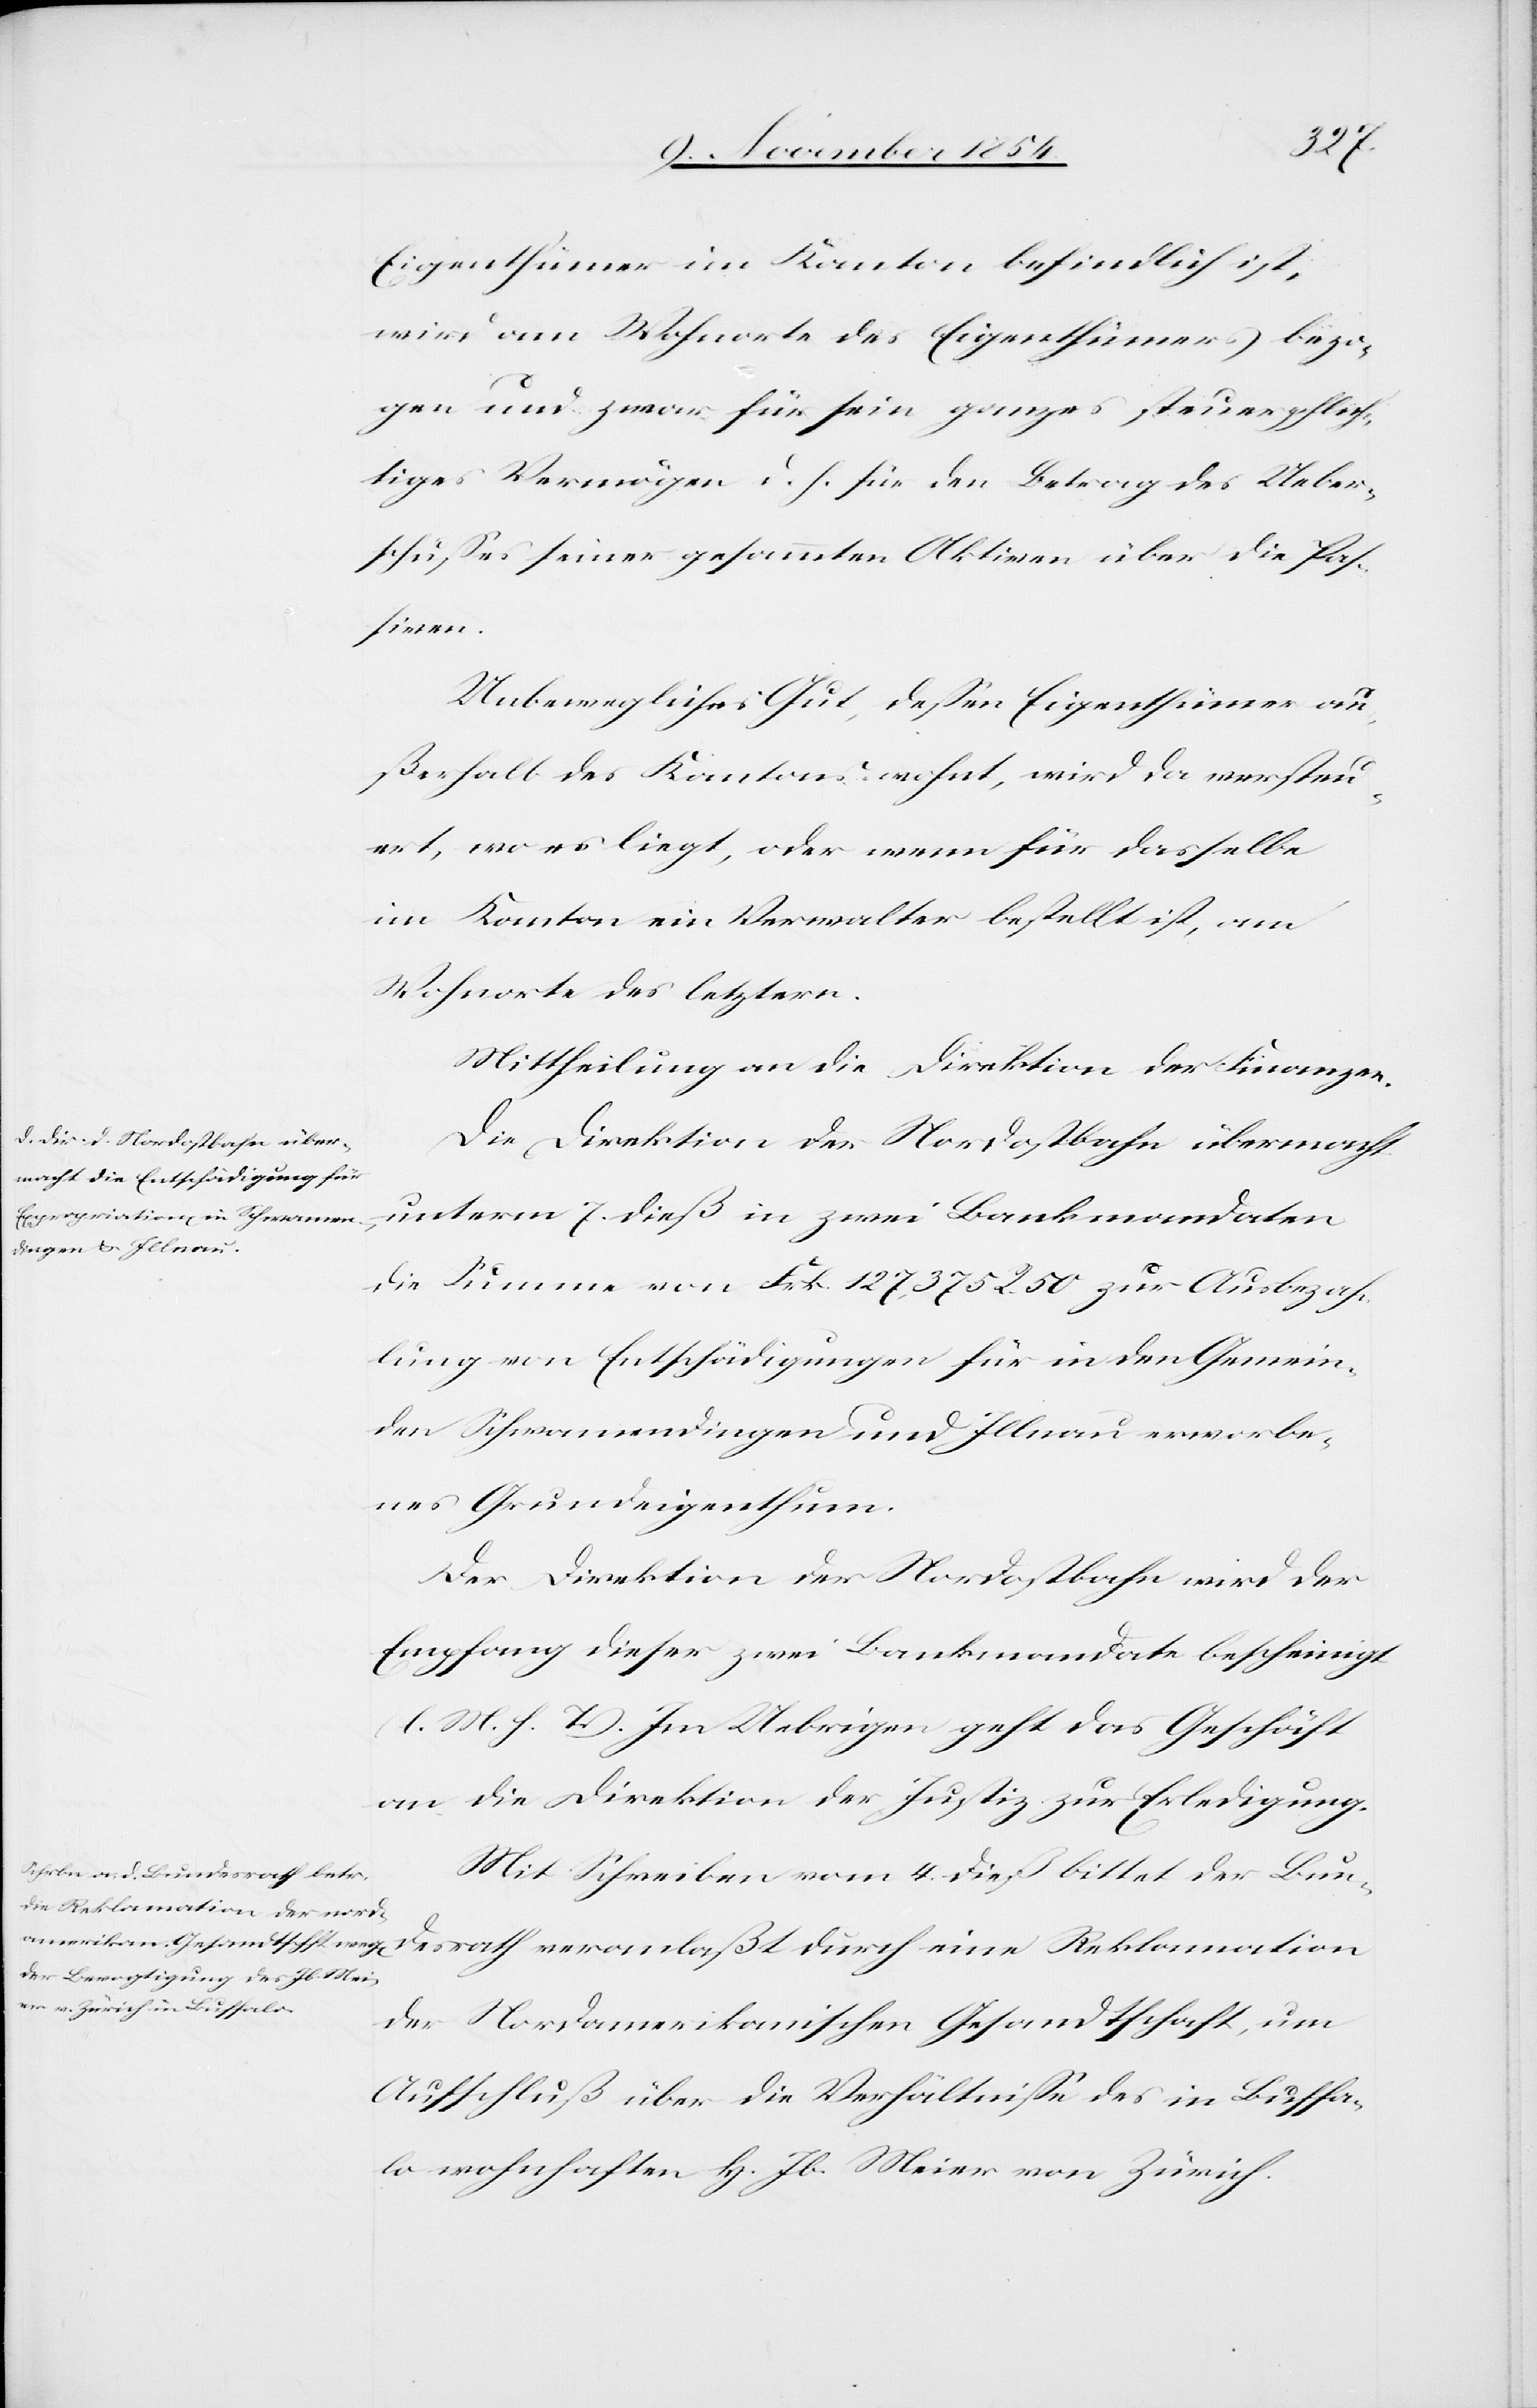
Eigenthümer im Kanton befindlich ist,
wird am Wohnorte des Eigenthümers bezo¬
gen und zwar für sein ganzes steuerpflich¬
tiges Vermögen d. h. für den Betrag des Ueber¬
schußes seiner gesammten Aktiven über die Pas¬
siven.
Unbewegliches Gut, deßen Eigenthümer au¬
ßerhalb des Kantons wohnt, wird da versteu¬
ert, wo es liegt, oder wenn für dasselbe
im Kanton ein Verwalter bestellt ist, am
Wohnorte des letztern.
Mittheilung an die Direktion der Finanzen.
Die Direktion der Nordostbahn übermacht
unterm 7. dieß in zwei Bankmandaten
die Summe von Frk. 127,375 R. 50 zur Ausbezah¬
lung von Entschädigungen für in den Gemein¬
den Schwamendingen und Illnau erworbe¬
nes Grundeigenthum.
Der Direktion der Nordostbahn wird der
Empfang dieser zwei Bankmandate bescheinigt
(l. M. h. T.). Im Uebrigen geht das Geschäft
an die Direktion der Justiz zur Erledigung.
Mit Schreiben vom 4. dieß bittet der Bun¬
desrath veranlaßt durch eine Reklamation
der Nordamerikanischen Gesandtschaft um
Aufschluß über die Verhältniße des in Buffa¬
lo wohnhaften H. Jb. Meier von Zürich.